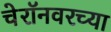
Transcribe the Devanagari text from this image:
चेरॉनवरच्या